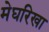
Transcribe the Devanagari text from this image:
मेघरिखा